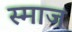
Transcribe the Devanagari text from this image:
स्माज